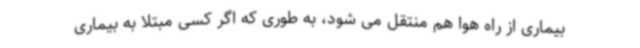
بیماری از راه هوا هم منتقل می شود، به طوری که اگر کسی مبتلا به بیماری